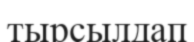
тырсылдап